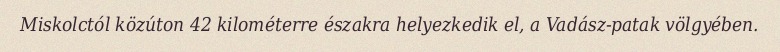
Miskolctól közúton 42 kilométerre északra helyezkedik el, a Vadász-patak völgyében.